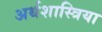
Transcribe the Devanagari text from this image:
अर्थशास्त्रिया